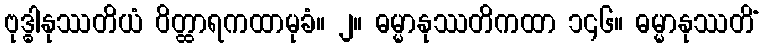
ဗုဒ္ဓါနုဿတိယံ ဝိတ္ထာရကထာမုခံ။ ၂။ ဓမ္မာနုဿတိကထာ ၁၄၆။ ဓမ္မာနုဿတိံ